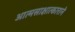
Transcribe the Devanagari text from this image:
आत्मसाक्षात्काराने